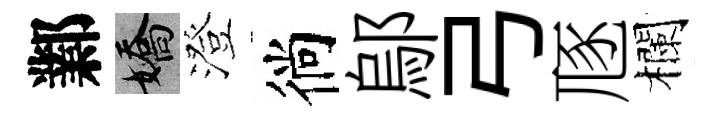
鄴嬌澄徜鄔弓豗欄